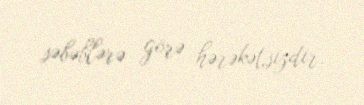
səbəblərə görə hərəkətsizdir.